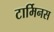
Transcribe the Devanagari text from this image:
टार्मिनस